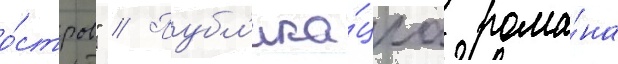
о́стров" // Публ'ика́циа рома́на